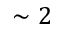
\sim 2